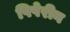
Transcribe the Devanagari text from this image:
पिपेरीन